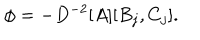
\phi = - D ^ { - 2 } [ A ] [ B _ { j } , C _ { j } ] .